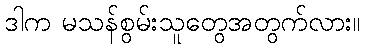
ဒါက မသန်စွမ်းသူတွေအတွက်လား။